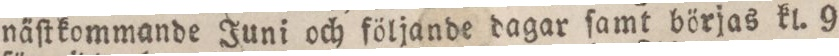
näſtkommande Juni och följande dagar ſamt börjas kl. 9